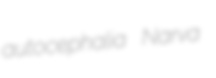
autocephalia Narva